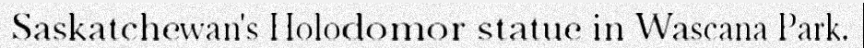
Saskatchewan's Holodomor statue in Wascana Park.